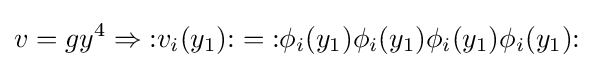
v=gy^{4}\Rightarrow {\mathopen {:}}v_{i}(y_{1}){\mathclose {:}}={\mathopen {:}}\phi _{i}(y_{1})\phi _{i}(y_{1})\phi _{i}(y_{1})\phi _{i}(y_{1}){\mathclose {:}}